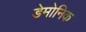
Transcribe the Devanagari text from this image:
डेमोनिक